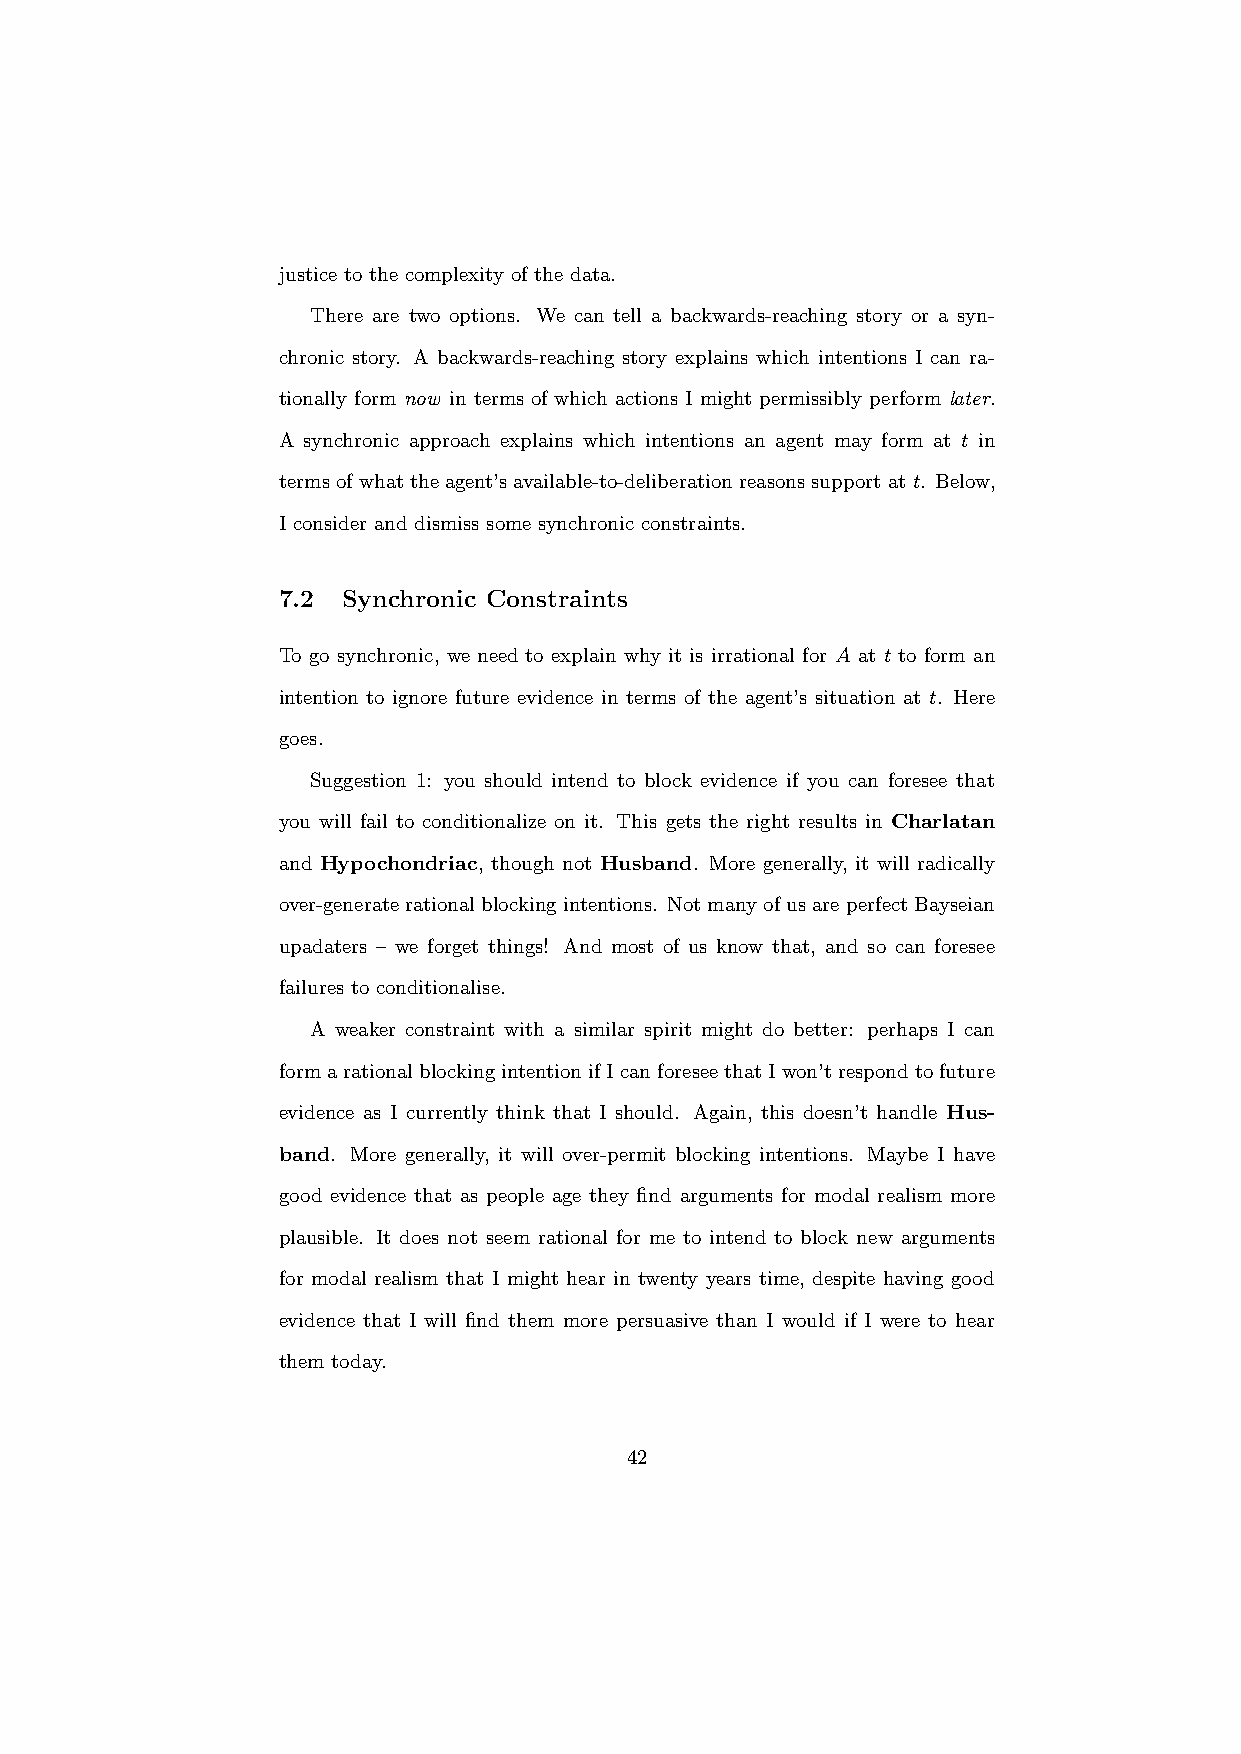
justice to the complexity of the data.
 There are two options. We can tell a backwards-reaching story or a syn-
 chronic story. A backwards-reaching story explains which intentions I can ra-
 tionally form now in terms of which actions I might permissibly perform later.
 A synchronic approach explains which intentions an agent may form at t in
 termsofwhattheagent’savailable-to-deliberationreasonssupportat t. Below,
 I consider and dismiss some synchronic constraints.
 7.2  Synchronic Constraints
 To go synchronic, we need to explain why it is irrational for A at t to form an
 intention to ignore future evidence in terms of the agent’s situation at t. Here
 goes.
 Suggestion 1: you should intend to block evidence if you can foresee that
 you will fail to conditionalize on it. This gets the right results in Charlatan
 and Hypochondriac, though not Husband. More generally, it will radically
 over-generaterationalblockingintentions. NotmanyofusareperfectBayseian
 upadaters – we forget things! And most of us know that, and so can foresee
 failures to conditionalise.
 A weaker constraint with a similar spirit might do better: perhaps I can
 formarationalblockingintentionifIcanforeseethatIwon’trespondtofuture
 evidence as I currently think that I should. Again, this doesn’t handle Hus-
 band. More generally, it will over-permit blocking intentions. Maybe I have
 good evidence that as people age they find arguments for modal realism more
 plausible. It does not seem rational for me to intend to block new arguments
 for modal realism that I might hear in twenty years time, despite having good
 evidence that I will find them more persuasive than I would if I were to hear
 them today.
 42